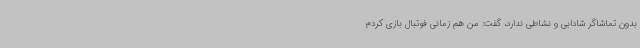
بدون تماشاگر شادابی و نشاطی ندارد، گفت: من هم زمانی فوتبال بازی کردم